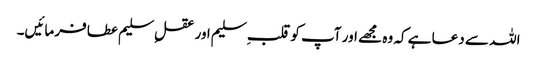
اللہ سے دعا ہے کہ وہ مجھے اور آپ کو قلب ِسلیم اور عقلِ سلیم عطا فرمائیں۔